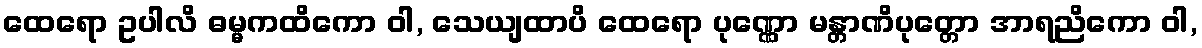
ထေရော ဥပါလိ ဓမ္မကထိကော ဝါ, သေယျထာပိ ထေရော ပုဏ္ဏော မန္တာဏိပုတ္တော အာရညိကော ဝါ,